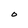
Character: O